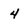
Character: 4